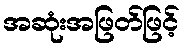
အဆုံးအဖြတ်ဖြင့်